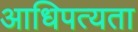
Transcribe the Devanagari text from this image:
आधिपत्यता